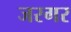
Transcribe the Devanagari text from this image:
जरगर